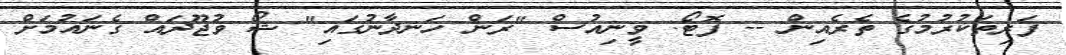
ފަރިތަކުރުމުގެ ތެރެއިން -- ފޮޓޯ: ވީނިއުސް "ރަން ހަނދާނުގައި" ޝޯ ވުޖޫދައް ގެނައުމަށް